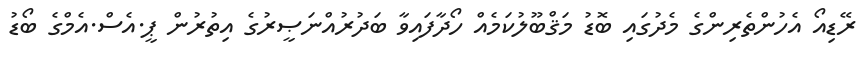
ރޭޑިއޯ އެހުންތެރިންގެ މެދުގައި ބޮޑު މަޤްބޫލުކަމެއް ހޯދާފައިވާ ބަދުރުއްނަޞީރުގެ އިތުރުން ޕީ.އެސް.އެމްގެ ބޯޑު